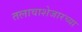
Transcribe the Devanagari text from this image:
तलावाशेजारच्या